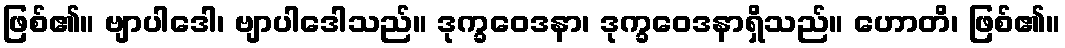
ဖြစ်၏။ ဗျာပါဒေါ၊ ဗျာပါဒေါသည်။ ဒုက္ခဝေဒနာ၊ ဒုက္ခဝေဒနာရှိသည်။ ဟောတိ၊ ဖြစ်၏။